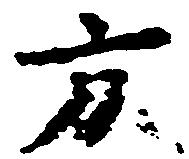
方